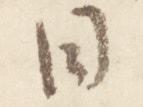
日